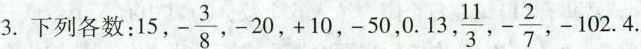
3.下列各数: 15,- \frac{3}{8},-20,+10,-50,0.13, \frac{11}{3},- \frac{2}{7},-102.4.